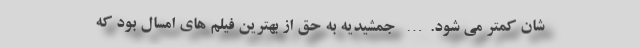
‌شان کمتر می ‌شود.… جمشیدیه به حق از بهترین فیلم های امسال بود که